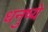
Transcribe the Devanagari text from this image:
धनुष्ये